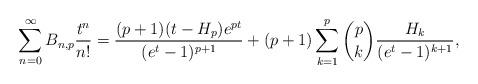
LaTeX: \begin{align*}\sum_{n=0}^{\infty}B_{n, p}\frac{t^{n}}{n!} = \frac{(p+1)(t-H_{p})e^{pt}}{(e^{t}-1)^{p+1}}+(p+1)\sum_{k=1}^{p}\binom{p}{k}\frac{H_{k}}{(e^{t}-1)^{k+1}},\end{align*}